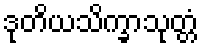
ဒုတိယသိက္ခာသုတ္တံ